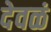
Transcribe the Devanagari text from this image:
देवळं